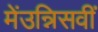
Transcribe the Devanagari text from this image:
मेंउन्निसवीं